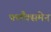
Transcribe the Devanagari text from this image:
फ्लैंक्समेन